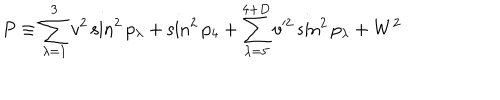
LaTeX: P \equiv \sum _ { \lambda = 1 } ^ { 3 } v ^ { 2 } \sin ^ { 2 } p _ { \lambda } + \sin ^ { 2 } p _ { 4 } + \sum _ { \lambda = 5 } ^ { 4 + D } v ^ { 2 } \sin ^ { 2 } p _ { \lambda } + W ^ { 2 }